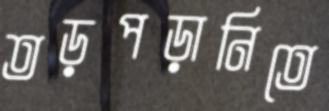
তড়পড়ানিতে